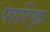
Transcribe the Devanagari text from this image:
पारिक्